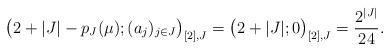
LaTeX: \begin{align*}\big(2+|J|-p_J(\mu);(a_j)_{j\in J}\big)_{[2],J}=\big(2+|J|;0\big)_{[2],J}= \frac{2^{|J|}}{24}.\end{align*}